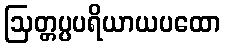
ဩတ္တပ္ပပရိယာယပထော